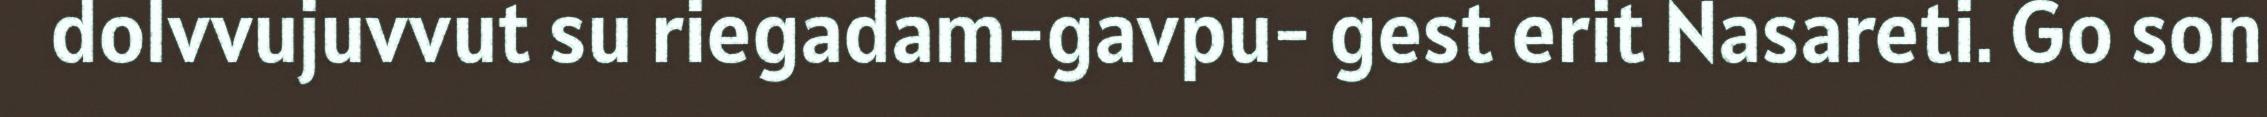
dolvvujuvvut su riegadam-gavpu- gest erit Nasareti. Go son